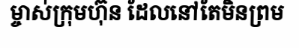
ម្ចាស់ក្រុមហ៊ុន ដែលនៅតែមិនព្រម